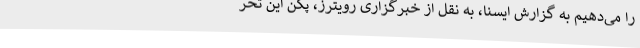
را می‌دهیم به گزارش ایسنا، به نقل از خبرگزاری رویترز، پکن این تحر